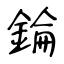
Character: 錀